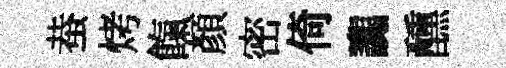
蛬烤餼顔密倚讟醺